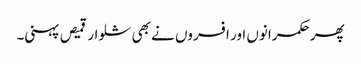
پھر حکمرانوں اور افسروں نے بھی شلوار قمیص پہنی۔